Vaccination in Burma 1920-1933 - 1920-1933
Year: 1920
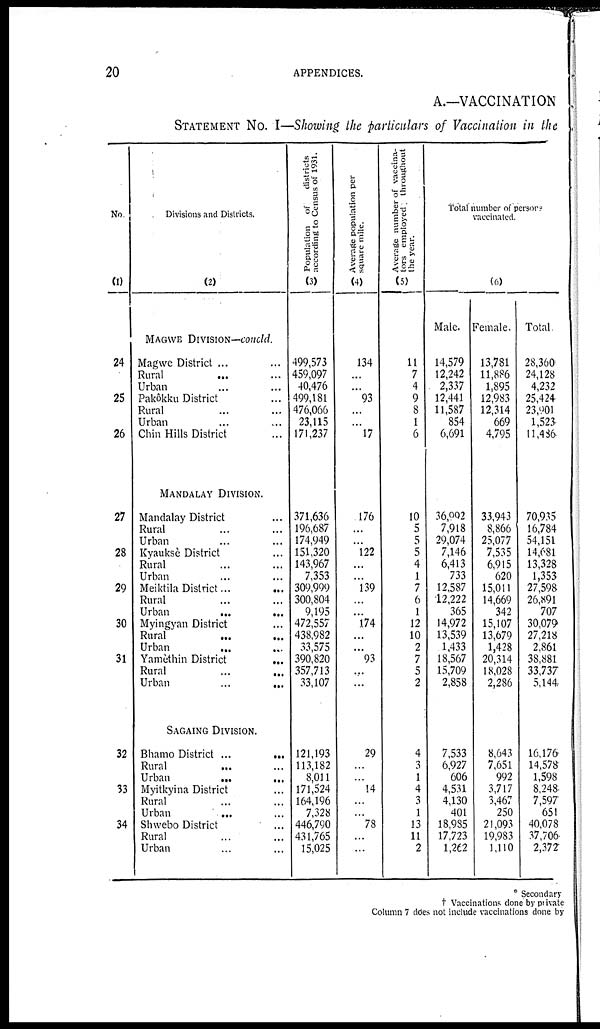
20
APPENDICES.
A.—VACCINATION
STATEMENT No. I—Showing the particulars of Vaccination in the
No
(1)
24
25
26
27
28
29
30
31
32
33
34
Divisions and Districts.
(2)
MAGWE DIVISION—concld.
Magwe District ... ...
Rural... ...
Urban... ...
Pakôkku District...
Rural... ...
Urban... ...
Chin Hills District... ...
MANDALAY DIVISION.
Mandalay District...
Rural... ...
Urban... ...
Kyauksè District...
Rural... ...
Urban... ...
Meiktila District... ...
Rural... ...
Urban... ...
Myingyan District...
Rural
...
...
Urban... ...
Yamèthin
District...
Rural... ...
Urban...
...
SAGAING DIVISION.
Bhamo
District...
...
Rural... ...
Urban... ...
Myitkyina District...
Rural... ...
Urban...
...
Shwebo District... ...
Rural... ...
Urban... ...
Population of
districts
according to Census of 1931.
(3)
499,573
459,097
40,476
499,181
476,066
23,115
171,237
371,636
196,687
174,949
151,320
143,967
7,353
309,999
300,804
9,195
472,557
438,982
33,575
390,820
357,713
33,107
121,193
113,182
8,011
171,524
164,196
7,328
446,790
431,765
15,025
Average population per
square mile.
(4)
134
...
...
93
...
...
17
176
...
...
122
...
...
139
...
...
174
...
...
93
...
...
29
...
...
14
...
...
78
...
...
Average number of vaccina-
tors employed throughout
the year.
(5)
11
7
4
9
8
1
6
10
5
5
5
4
1
7
6
1
12
10
2
7
5
2
4
3
1
4
3
1
13
11
2
Total number of persons
vaccinated.
(6)
Male.
14,579
12,242
2,337
12,441
11,587
854
6,691
36,092
7,918
29,074
7,146
6,413
733
12,587
12,222
365
14,972
13,539
1,433
18,567
15,709
2,858
7,533
6,927
606
4,531
4,130
401
18,985
17,723
1,262
Female.
13,781
11,886
1,895
12,983
12,314
669
4,795
33,943
8,866
25,077
7,535
6,915
620
15,011
14,669
342
15,107
13,679
1,428
20,314
18,028
2,286
8,643
7,651
992
3,717
3,467
250
21,093
19,983
1,110
Total
28,360
24,128
4,232
25,424
23,901
1,523
11,436
70,935
16,784
54,151
14,681
13,328
1,353
27,598
26,891
707
30,079
27,218
2,861
38,881
33,737
5,144
16,176
14,578
1,598
8,248
7,597
651
40,078
37,706
2,372
* Secondary
† Vaccinations done by private
Column 7 does not include vaccinations done by